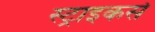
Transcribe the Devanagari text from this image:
स्‍ट्राइकर्स